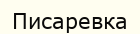
Писаревка